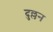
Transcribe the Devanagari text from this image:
दुल्लन